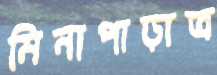
মিনাপাড়াত্র